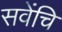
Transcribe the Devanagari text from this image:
सवेंचि